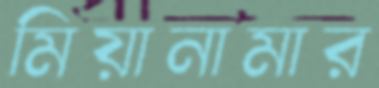
মিয়ানামার